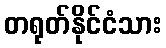
တရုတ်နိုင်ငံသား